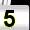
Digit: 5